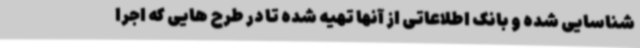
شناسایی شده و بانک اطلاعاتی از آنها تهیه شده تا در طرح هایی که اجرا